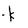
Character: k